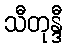
သီတုန္ဒီ